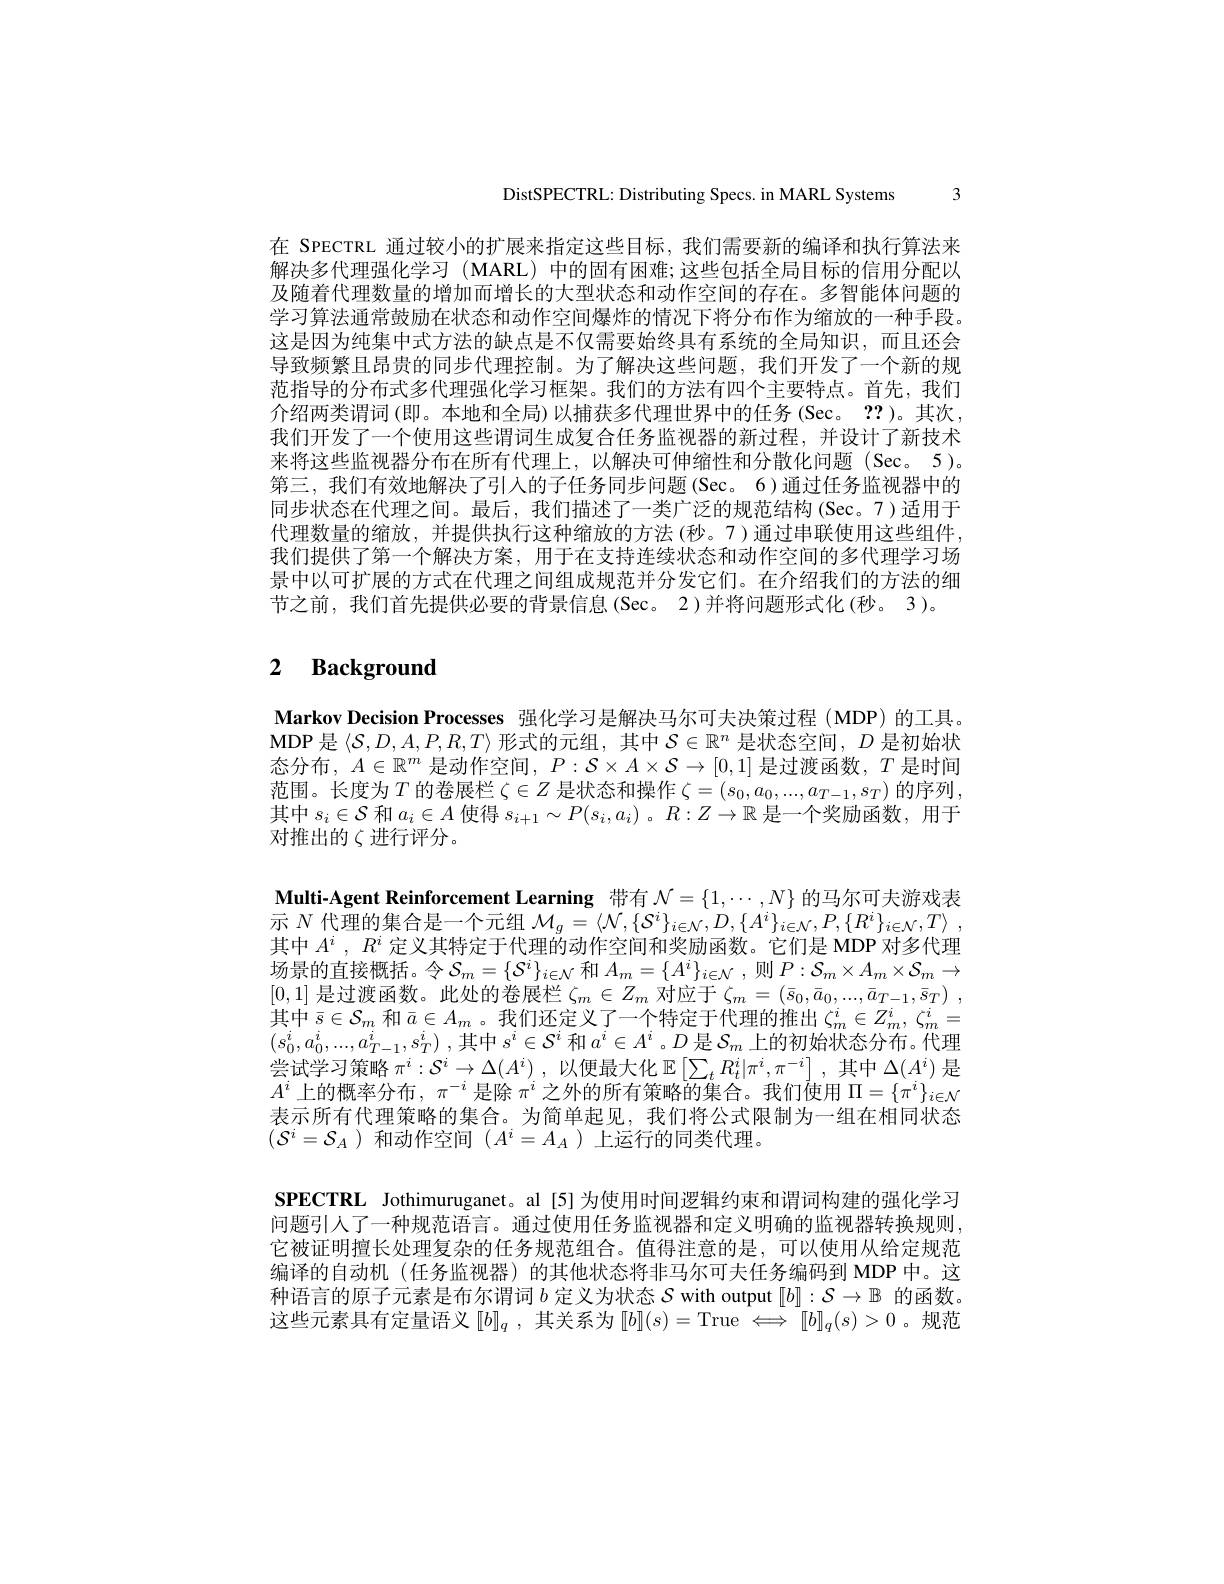
DistSPECTRL: Distributing Specs. in MARL Systems 3

在 SPECTRL 通过较小的扩展来指定这些目标，我们需要新的编译和执行算法来解决多代理强化学习 (MARL) 中的固有困难；这些包括全局目标的信用分配以及随着代理数量的增加而增长的大型状态和动作空间的存在。多智能体问题的学习算法通常鼓励在状态和动作空间爆炸的情况下将分布作为缩放的一种手段。这是因为纯集中式方法的缺点是不仅需要始终具有系统的全局知识，而且还会导致频繁且昂贵的同步代理控制。为了解决这些问题，我们开发了一个新的规范指导的分布式多代理强化学习框架。我们的方法有四个主要特点。首先，我们介绍两类谓词(即。本地和全局)以捕获多代理世界中的任务(Sec。??)。其次， 我们开发了一个使用这些谓词生成复合任务监视器的新过程，并设计了新技术来将这些监视器分布在所有代理上，以解决可伸缩性和分散化问题(Sec。5)。第三，我们有效地解决了引入的子任务同步问题(Sec。6)通过任务监视器中的同步状态在代理之间。最后，我们描述了一类广泛的规范结构(Sec。7)适用于代理数量的缩放，并提供执行这种缩放的方法(秒。7)通过串联使用这些组件， 我们提供了第一个解决方案，用于在支持连续状态和动作空间的多代理学习场景中以可扩展的方式在代理之间组成规范并分发它们。在介绍我们的方法的细节之前，我们首先提供必要的背景信息(Sec。2)并将问题形式化(秒。3)。

# 2 Background

Markov Decision Processes 强化学习是解决马尔可夫决策过程 (MDP) 的工具。$\mathbf{MDP}$ 是$\left\langle\mathcal{S},D,A,P,R,T\right\rangle$形式的元组，其中$\mathcal{S}\in\mathbb{R}^n$ 是状态空间$,D$ 是初始状态分布，$A\in\mathbb{R}^m$是动作空间，$P:\mathcal{S}\times A\times\mathcal{S}\to[0,1]$是过渡函数，$T$是时间范围。长度为$T$的卷展栏$\zeta\in Z$是状态和操作$\zeta=\left(s_0,a_0,...,a_{T-1},s_T\right)$的序列， 其中$s_i\in\mathcal{S}$和$a_i\in A$使得$s_i+1\sim P(s_i,a_i)$ 。$R:Z\to\mathbb{R}$是一个奖励函数，用于对推出的$\zeta$进行评分。

Multi-Agent Reinforcement Learning 带有$\mathcal{N}=\{1,\cdots,N\}$的马尔可夫游戏表示$N$代理的集合是一个元组$\mathcal{M} _g= \langle \mathcal{N} , \{ \mathcal{S} ^i\} _{i\in \mathcal{N} }, D, \{ A^i\} _{i\in \mathcal{N} }, P, \{ R^i\} _{i\in \mathcal{N} }, T\rangle$ . 其中$A^i,R^i$定义其特定于代理的动作空间和奖励函数。它们是 MDP 对多代理场景的直接概括。令$\mathcal{S}_m=\{\mathcal{S}^i\}_{i\in\mathcal{N}}$ 和$A_m=\{A^i\}_{i\in\mathcal{N}}$,则$P:\mathcal{S}_m\times A_m\times\mathcal{S}_m\to$ [0,1]是过渡函数。此处的卷展栏$\zeta_m\in Z_m$对应于$\zeta _m= ( \bar{s} _0, \bar{a} _0, . . . , \bar{a} _{T- 1}, \bar{s} _T)$ , 其中$\bar{s}\in\mathcal{S}_m$和$\bar{a}\in A_m$ 。我们还定义了一个特定于代理的推出$\zeta_m^i\in Z_m^i,\zeta_m^i=$ $( s_0^i, a_0^i, . . . , a_{T- 1}^i, s_T^i)$ ,其中$s^i\in\mathcal{S}^i$ 和$a^i\in A^i$。$D$ 是$\mathcal{S}_m$ 上的初始状态分布。代理尝试学习策略$\pi^i:S^i\to\Delta(A^i)$ ,以便最大化$\mathbb{E}\left[\sum_tR_t^i|\pi^i,\pi^{-i}\right]$,其中$\Delta(A^i)$是$A^i$上的概率分布$,\pi^-i$是除$\pi^i$之外的所有策略的集合。我们使用$\Pi=\{\pi^i\}_{i\in\mathcal{N}}$ 表示所有代理策略的集合。为简单起见，我们将公式限制为一组在相同状态$(\mathcal{S}^i=\mathcal{S}_A)$和动作空间$(A^i=A_A)$上运行的同类代理。
$\mathbf{SPECTRL}$ Jothimuruganet。al [5]为使用时间逻辑约束和谓词构建的强化学习问题引人了一种规范语言。通过使用任务监视器和定义明确的监视器转换规则， 它被证明擅长处理复杂的任务规范组合。值得注意的是，可以使用从给定规范

编译的自动机(任务监视器)的其他状态将非马尔可夫任务编码到 MDP 中。这种语言的原子元素是布尔谓词$b$定义为状态$\mathcal{S}$ with output $[b]:\mathcal{S}\to\mathbb{B}$的函数。这些元素具有定量语义[b]_q\:,\:其关系为\:[b](s)=\:True$ \Longleftrightarrow $ $[ b] _q( s) > 0$ $。规 范$